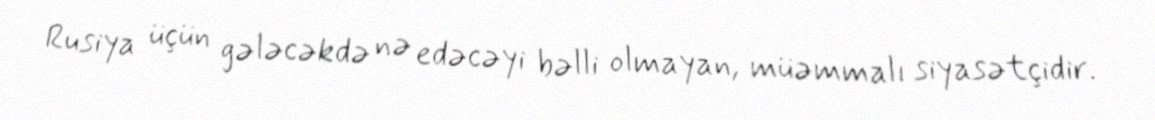
Rusiya üçün gələcəkdə nə edəcəyi bəlli olmayan, müəmmalı siyasətçidir.